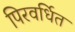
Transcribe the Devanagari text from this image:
पिरवर्धित